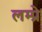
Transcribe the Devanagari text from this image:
लम्प्रे